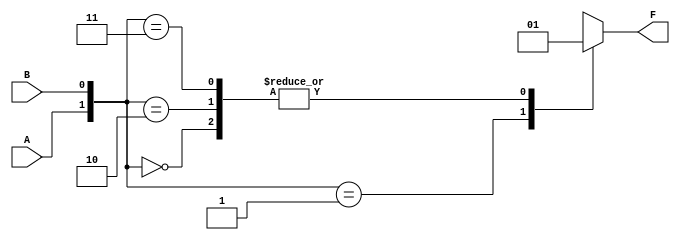
module two_variable_kmap (
    input wire A,    // First input variable
    input wire B,    // Second input variable
    output reg F     // Output variable
);

// Always block to define the output logic based on the input variables
always @(*) begin
    // K-map logic based on the truth table
    case ({A, B})
        2'b00: F = 1; // F(0,0) corresponds to 1
        2'b01: F = 0; // F(0,1) corresponds to 0
        2'b10: F = 1; // F(1,0) corresponds to 1
        2'b11: F = 1; // F(1,1) corresponds to 1
        default: F = 0; // Default case
    endcase
end

endmodule